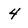
Character: 4